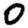
Digit: 0